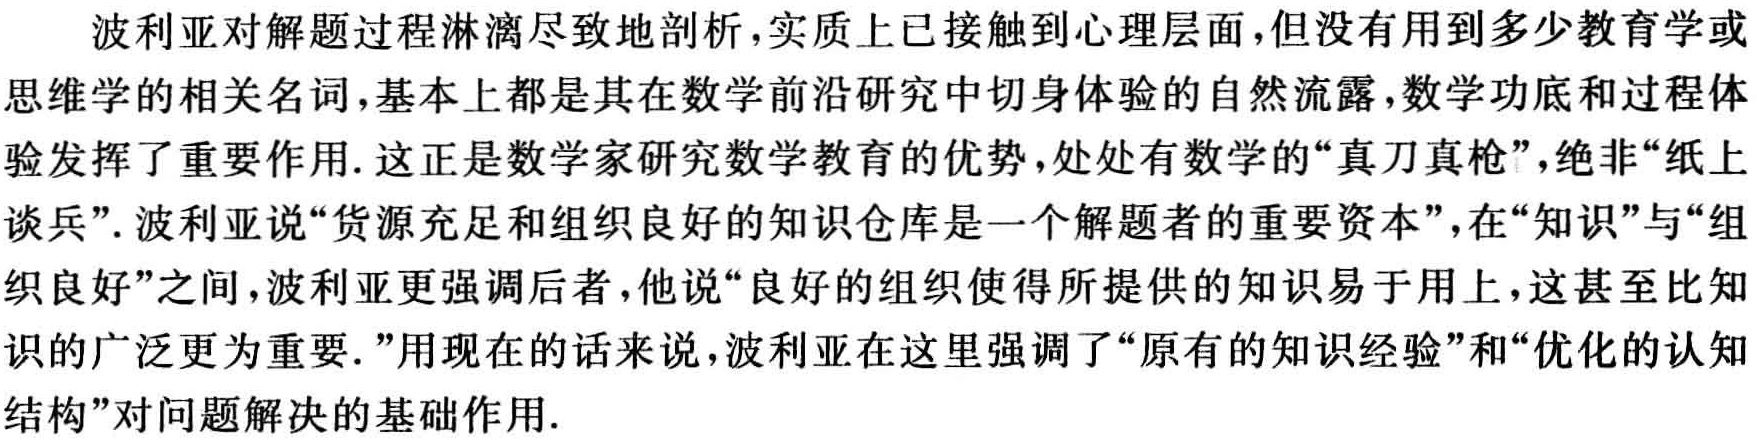
波利亚对解题过程淋漓尽致地剖析,实质上已接触到心理层面,但没有用到多少教育学或
思维学的相关名词,基本上都是其在数学前沿研究中切身体验的自然流露,数学功底和过程体
验发挥了重要作用. 这正是数学家研究数学教育的优势,处处有数学的“真刀真枪”,绝非“纸上
谈兵”. 波利亚说“货源充足和组织良好的知识仓库是一个解题者的重要资本”,在“知识”与“组
织良好”之间,波利亚更强调后者,他说“良好的组织使得所提供的知识易于用上,这甚至比知
识的广泛更为重要.”用现在的话来说,波利亚在这里强调了“原有的知识经验”和“优化的认知
结构”对问题解决的基础作用.